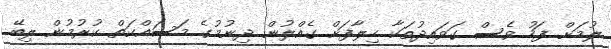
ލުމަށް ފަހު ވެސް ގަވައިދުތަކާ ހިލާފަށް ގެއްލުން ދިނުމުގެ މަސައްކަތް ކުރުމުން ލިބޭ